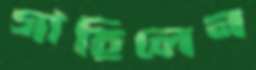
গাহিলেন